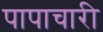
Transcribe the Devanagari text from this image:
पापाचारी